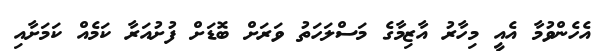
އެހެންވުމާ އެއީ މިހާރު އާޒިމާގެ މަސްލަހަތު ވަރަށް ބޮޑަށް ފުށުއަރާ ކަމެއް ކަމަށާއި